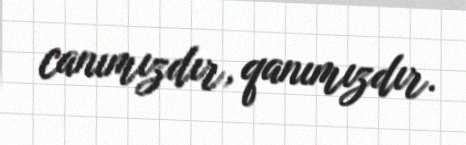
canımızdır, qanımızdır.